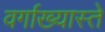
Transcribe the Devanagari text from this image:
वर्गाख्यास्ते